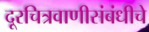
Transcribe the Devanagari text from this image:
दूरचित्रवाणीसंबंधीचे